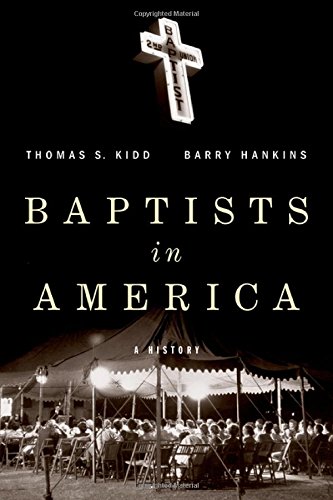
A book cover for Baptists in America: A History; Thomas S. Kidd; Christian Books & Bibles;